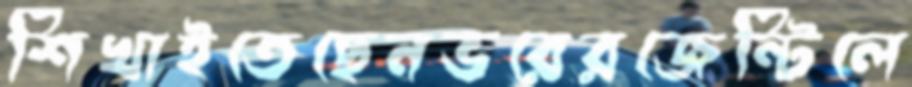
শিখাইতেছেনভরেরজেন্টিলে